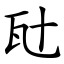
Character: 瓧